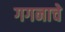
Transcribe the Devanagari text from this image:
गगनाचे